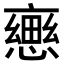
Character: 𢢦